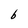
Character: b